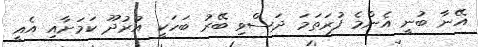
އޭނާ ބުނީ އެންމެ ފުރަތަމަ ދަސްވި ބޭރު ބަހަކީ އުރުދޫ ކަމަށާއި އެއީ